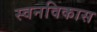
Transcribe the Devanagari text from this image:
स्वनविकास